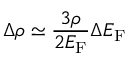
\Delta \rho \simeq { \frac { 3 \rho } { 2 E _ { \mathrm { F } } } } \Delta E _ { \mathrm { F } }